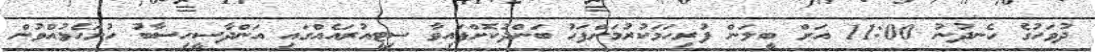
ދުވަހުގެ ހެނދުނު 11:00 އަށް ބީލަން ފުރިހަމަކުރުމަށްފަހު ބަންދުކޮށްފައިވާ ސިޓީއުރައެއްގައި އަންދާސީހިސާބު ހުށަހެޅުއްވުން